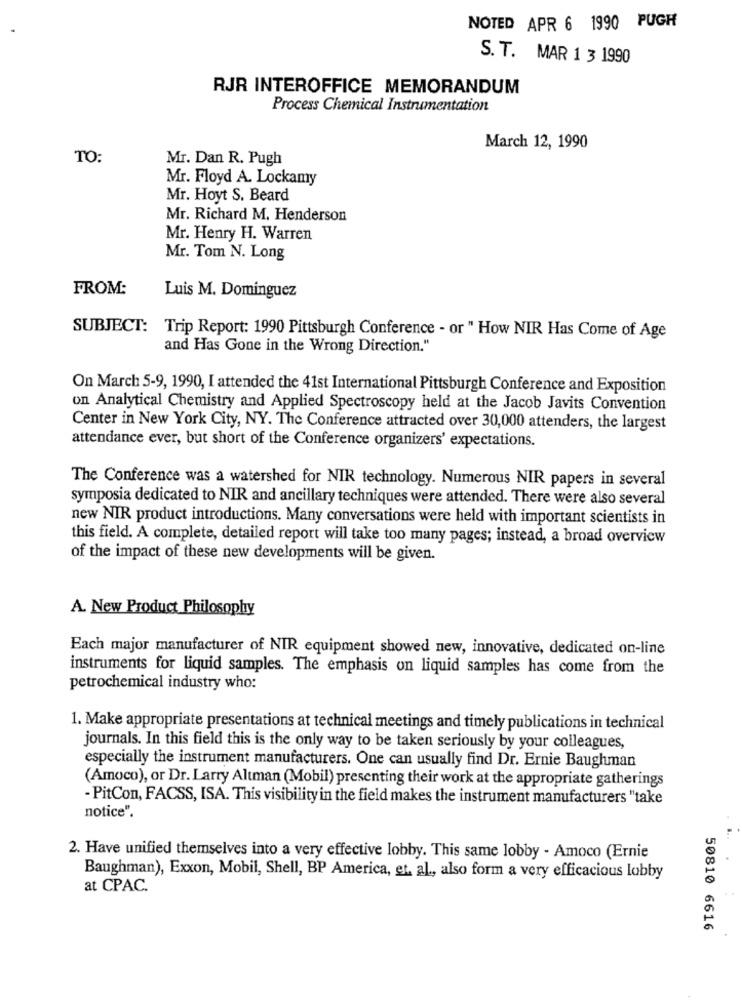
NOTED APR 6 1990 PUGH
S. T. MAR 1 3 1990
RJR INTEROFFICE MEMORANDUM
Process Chemical Instrumentation
March 12, 1990
TO:
Mr. Dan R. Pugh
Mr. Floyd A. Lockamy
Mr. Hoyt S. Beard
Mr. Richard M. Henderson
Mr. Henry H. Warren
Mr. Tom N. Long
FROM:
Luis M. Dominguez
SUBJECT: Trip Report: 1990 Pittsburgh Conference - or " How NIR Has Come of Age
and Has Gone in the Wrong Direction."
On March 5-9, 1990, I attended the 41st International Pittsburgh Conference and Exposition
on Analytical Chemistry and Applied Spectroscopy held at the Jacob Javits Convention
Center in New York City, NY. The Conference attracted over 30,000 attenders, the largest
attendance ever, but short of the Conference organizers' expectations.
The Conference was a watershed for NIR technology. Numerous NIR papers in several
symposia dedicated to NIR and ancillary techniques were attended. There were also several
new NIR product introductions. Many conversations were held with important scientists in
this field. A complete, detailed report will take too many pages; instead, a broad overview
of the impact of these new developments will be given.
A. New Product Philosophy
Each major manufacturer of NIR equipment showed new, innovative, dedicated on-line
instruments for liquid samples. The emphasis on liquid samples has come from the
petrochemical industry who:
1. Make appropriate presentations at technical meetings and timely publications in technical
journals. In this field this is the only way to be taken seriously by your colleagues,
especially the instrument manufacturers. One can usually find Dr. Ernie Baughman
(Amoco), or Dr. Larry Altman (Mobil) presenting their work at the appropriate gatherings
- PitCon, FACSS, ISA. This visibility in the field makes the instrument manufacturers "take
notice".
2. Have unified themselves into a very effective lobby. This same lobby - Amoco (Ernie
Baughman), Exxon, Mobil, Shell, BP America, et. al ., also form a very efficacious lobby
at CPAC.
50810 6616